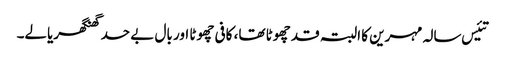
تئیس سالہ مہرین کا البتہ قد چھوٹا تھا، کافی چھوٹا اور بال بے حد گھنگھریالے۔